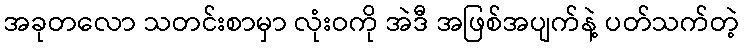
အခုတလော သတင်းစာမှာ လုံးဝကို အဲဒီ အဖြစ်အပျက်နဲ့ ပတ်သက်တဲ့